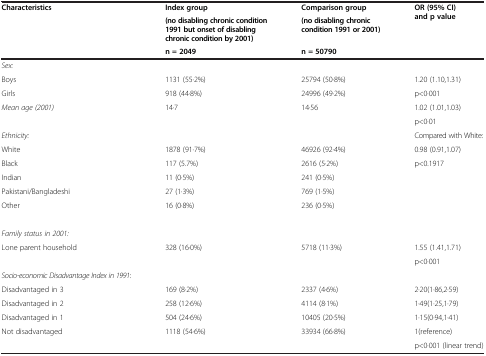
<table><thead><tr><td rowspan="3"><b>Characteristics</b></td><td><b>Index group</b></td><td><b>Comparison group</b></td><td rowspan="3"><b>OR (95% CI) and p value</b></td></tr><tr><td><b>(no disabling chronic condition 1991 but onset of disabling chronic condition by 2001)</b></td><td><b>(no disabling chronic condition 1991 or 2001)</b></td></tr><tr><td><b>n = 2049</b></td><td><b>n = 50790</b></td></tr></thead><tbody><tr><td><i>Sex:</i></td><td> </td><td> </td><td> </td></tr><tr><td>Boys</td><td>1131 (55·2%)</td><td>25794 (50·8%)</td><td>1.20 (1.10,1.31)</td></tr><tr><td>Girls</td><td>918 (44·8%)</td><td>24996 (49·2%)</td><td>p&lt;0·001</td></tr><tr><td rowspan="2"><i>Mean age (2001)</i></td><td rowspan="2">14·7</td><td rowspan="2">14·56</td><td>1.02 (1.01,1.03)</td></tr><tr><td>p&lt;0·01</td></tr><tr><td><i>Ethnicity:</i></td><td> </td><td> </td><td>Compared with White:</td></tr><tr><td>White</td><td>1878 (91·7%)</td><td>46926 (92·4%)</td><td>0.98 (0.91,1.07)</td></tr><tr><td>Black</td><td>117 (5.7%)</td><td>2616 (5·2%)</td><td rowspan="5">p&lt;0.1917</td></tr><tr><td>Indian</td><td>11 (0·5%)</td><td>241 (0·5%)</td></tr><tr><td>Pakistani/Bangladeshi</td><td>27 (1·3%)</td><td>769 (1·5%)</td></tr><tr><td>Other</td><td>16 (0·8%)</td><td>236 (0·5%)</td></tr><tr><td colspan="4"> </td></tr><tr><td><i>Family status in 2001:</i></td><td> </td><td> </td><td> </td></tr><tr><td rowspan="2">Lone parent household</td><td rowspan="2">328 (16·0%)</td><td rowspan="2">5718 (11·3%)</td><td>1.55 (1.41,1.71)</td></tr><tr><td>p&lt;0·001</td></tr><tr><td><i>Socio-economic Disadvantage Index in 1991</i>:</td><td> </td><td> </td><td> </td></tr><tr><td>Disadvantaged in 3</td><td>169 (8·2%)</td><td>2337 (4·6%)</td><td>2·20(1·86,2·59)</td></tr><tr><td>Disadvantaged in 2</td><td>258 (12·6%)</td><td>4114 (8·1%)</td><td>1·49(1·25,1·79)</td></tr><tr><td>Disadvantaged in 1</td><td>504 (24·6%)</td><td>10405 (20·5%)</td><td>1·15(0·94,1·41)</td></tr><tr><td rowspan="2">Not disadvantaged</td><td rowspan="2">1118 (54·6%)</td><td rowspan="2">33934 (66·8%)</td><td>1(reference)</td></tr><tr><td>p&lt;0·001 (linear trend)</td></tr></tbody></table>